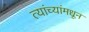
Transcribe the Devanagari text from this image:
त्यांच्यांमधून